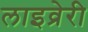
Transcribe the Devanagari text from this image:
लाइव्रेरी